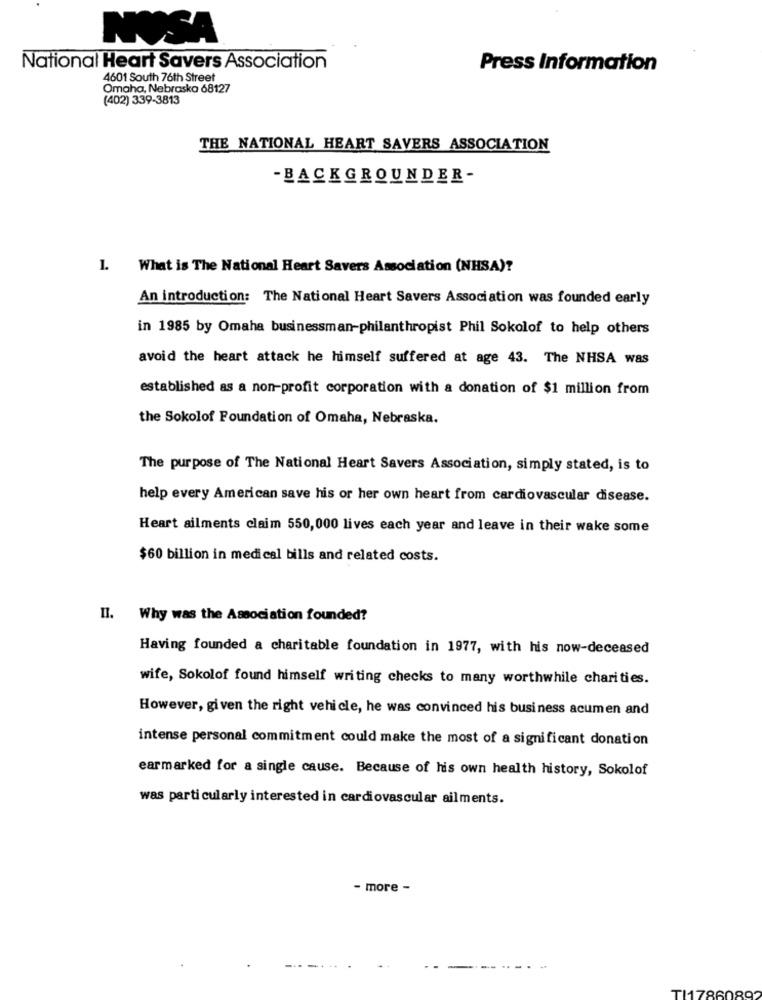
NOSA
National Heart Savers Association
Press Information
4601 South 76th Street
Omaha, Nebraska 68127
(402) 339-3813
THE NATIONAL HEART SAVERS ASSOCIATION
- BACKGROUNDER-
1.
What is The National Heart Savers Association (NHSA)?
An introduction: The National Heart Savers Association was founded early
in 1985 by Omaha businessman-philanthropist Phil Sokolof to help others
avoid the heart attack he himself suffered at age 43. The NHSA was
established as a non-profit corporation with a donation of $1 million from
the Sokolof Foundation of Omaha, Nebraska.
The purpose of The National Heart Savers Association, simply stated, is to
help every American save his or her own heart from cardiovascular disease.
Heart ailments claim 550,000 lives each year and leave in their wake some
$60 billion in medical bills and related costs.
II. Why was the Association founded?
Having founded a charitable foundation in 1977, with his now-deceased
wife, Sokolof found himself writing checks to many worthwhile charities.
However, given the right vehicle, he was convinced his business acumen and
intense personal commitment could make the most of a significant donation
earmarked for a single cause. Because of his own health history, Sokolof
was particularly interested in cardiovascular ailments.
- more -
TI1786089